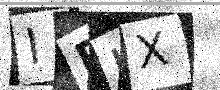
Text: IDUX